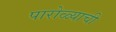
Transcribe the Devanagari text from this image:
पारोळ्याची